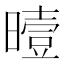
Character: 曀